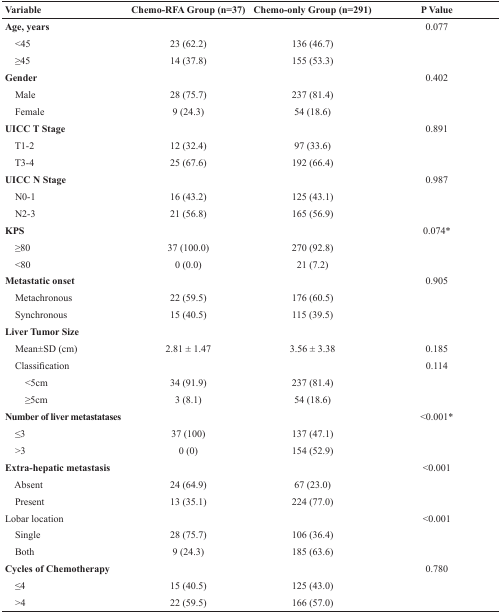
<table><thead><tr><td><b>Variable</b></td><td><b>Chemo-RFA Group (n=37)</b></td><td><b>Chemo-only Group (n=291)</b></td><td><b>P Value</b></td></tr></thead><tbody><tr><td><b>Age, years</b></td><td></td><td></td><td>0.077</td></tr><tr><td> &lt;45</td><td>23 (62.2)</td><td>136 (46.7)</td><td></td></tr><tr><td> ≥45</td><td>14 (37.8)</td><td>155 (53.3)</td><td></td></tr><tr><td><b>Gender</b></td><td></td><td></td><td>0.402</td></tr><tr><td> Male</td><td>28 (75.7)</td><td>237 (81.4)</td><td></td></tr><tr><td> Female</td><td>9 (24.3)</td><td>54 (18.6)</td><td></td></tr><tr><td><b>UICC T Stage</b></td><td></td><td></td><td>0.891</td></tr><tr><td> T1-2</td><td>12 (32.4)</td><td>97 (33.6)</td><td></td></tr><tr><td> T3-4</td><td>25 (67.6)</td><td>192 (66.4)</td><td></td></tr><tr><td><b>UICC N Stage</b></td><td></td><td></td><td>0.987</td></tr><tr><td> N0-1</td><td>16 (43.2)</td><td>125 (43.1)</td><td></td></tr><tr><td> N2-3</td><td>21 (56.8)</td><td>165 (56.9)</td><td></td></tr><tr><td><b>KPS</b></td><td></td><td></td><td>0.074*</td></tr><tr><td> ≥80</td><td>37 (100.0)</td><td>270 (92.8)</td><td></td></tr><tr><td> &lt;80</td><td>0 (0.0)</td><td>21 (7.2)</td><td></td></tr><tr><td><b>Metastatic onset</b></td><td></td><td></td><td>0.905</td></tr><tr><td> Metachronous</td><td>22 (59.5)</td><td>176 (60.5)</td><td></td></tr><tr><td> Synchronous</td><td>15 (40.5)</td><td>115 (39.5)</td><td></td></tr><tr><td><b>Liver Tumor Size</b></td><td></td><td></td><td></td></tr><tr><td> Mean±SD (cm)</td><td>2.81 ± 1.47</td><td>3.56 ± 3.38</td><td>0.185</td></tr><tr><td> Classification</td><td></td><td></td><td>0.114</td></tr><tr><td>&lt;5cm</td><td>34 (91.9)</td><td>237 (81.4)</td><td></td></tr><tr><td>≥5cm</td><td>3 (8.1)</td><td>54 (18.6)</td><td></td></tr><tr><td><b>Number of liver metastatases</b></td><td></td><td></td><td>&lt;0.001*</td></tr><tr><td> ≤3</td><td>37 (100)</td><td>137 (47.1)</td><td></td></tr><tr><td> &gt;3</td><td>0 (0)</td><td>154 (52.9)</td><td></td></tr><tr><td><b>Extra-hepatic metastasis</b></td><td></td><td></td><td>&lt;0.001</td></tr><tr><td> Absent</td><td>24 (64.9)</td><td>67 (23.0)</td><td></td></tr><tr><td> Present</td><td>13 (35.1)</td><td>224 (77.0)</td><td></td></tr><tr><td><b>Lobar location</b></td><td></td><td></td><td>&lt;0.001</td></tr><tr><td> Single</td><td>28 (75.7)</td><td>106 (36.4)</td><td></td></tr><tr><td> Both</td><td>9 (24.3)</td><td>185 (63.6)</td><td></td></tr><tr><td><b>Cycles of Chemotherapy</b></td><td></td><td></td><td>0.780</td></tr><tr><td> ≤4</td><td>15 (40.5)</td><td>125 (43.0)</td><td></td></tr><tr><td> &gt;4</td><td>22 (59.5)</td><td>166 (57.0)</td><td></td></tr></tbody></table>